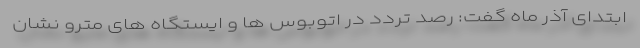
ابتدای آذر ماه گفت: رصد تردد در اتوبوس ها و ایستگاه های مترو نشان